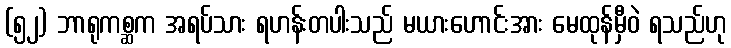
(၅၂) ဘာရုကစ္ဆက အရပ်သား ရဟန်းတပါးသည် မယားဟောင်းအား မေထုန်မှီဝဲ ရသည်ဟု